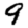
Digit: 9